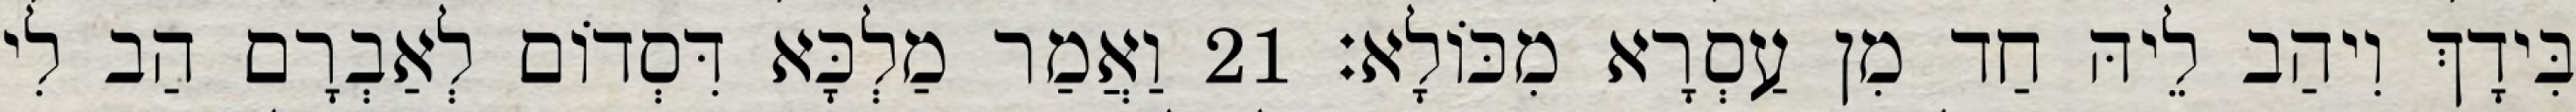
בִּידָךְ וִיהַב לֵיהּ חַד מִן עַסְרָא מִכּוֹלָא׃ 21 וַאֲמַר מַלְכָּא דִּסְדוֹם לְאַבְרָם הַב לִי